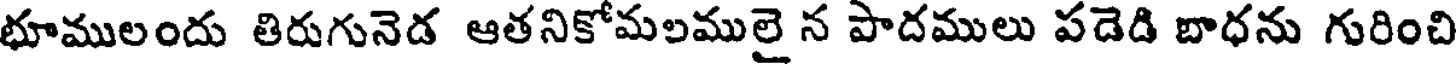
భూములందు తిరుగునెడ ఆతనికోమలములై న పాదములు పడెడి బాధను గురించి